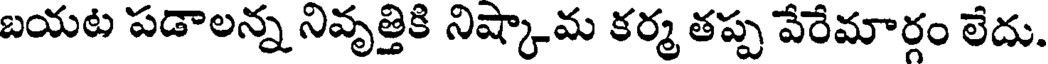
బయట పడాలన్న నివృత్తికి నిష్కామ కర్మ తప్ప వేరేమార్గం లేదు.